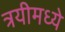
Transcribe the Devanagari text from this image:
त्रयीमध्ये